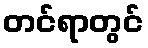
တင်ရာတွင်